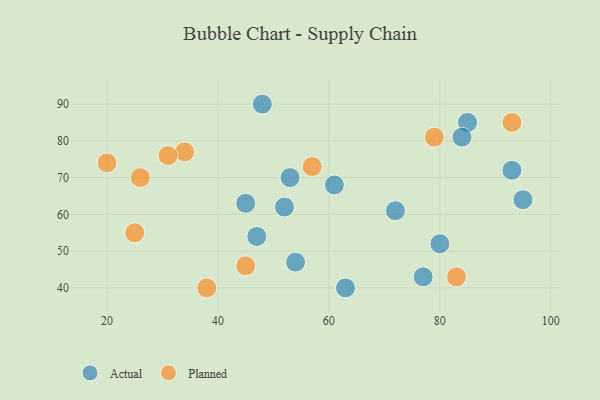
{"axis": {"x": "GDP", "y": "Life Expectancy"}, "legend": ["Actual", "Planned"], "data": [{"x": "93", "y": 72, "type": "Actual"}, {"x": "61", "y": 68, "type": "Actual"}, {"x": "54", "y": 47, "type": "Actual"}, {"x": "72", "y": 61, "type": "Actual"}, {"x": "47", "y": 54, "type": "Actual"}, {"x": "53", "y": 70, "type": "Actual"}, {"x": "85", "y": 85, "type": "Actual"}, {"x": "77", "y": 43, "type": "Actual"}, {"x": "95", "y": 64, "type": "Actual"}, {"x": "80", "y": 52, "type": "Actual"}, {"x": "63", "y": 40, "type": "Actual"}, {"x": "45", "y": 63, "type": "Actual"}, {"x": "84", "y": 81, "type": "Actual"}, {"x": "52", "y": 62, "type": "Actual"}, {"x": "48", "y": 90, "type": "Actual"}, {"x": "20", "y": 74, "type": "Planned"}, {"x": "25", "y": 55, "type": "Planned"}, {"x": "34", "y": 77, "type": "Planned"}, {"x": "45", "y": 46, "type": "Planned"}, {"x": "57", "y": 73, "type": "Planned"}, {"x": "93", "y": 85, "type": "Planned"}, {"x": "79", "y": 81, "type": "Planned"}, {"x": "31", "y": 76, "type": "Planned"}, {"x": "83", "y": 43, "type": "Planned"}, {"x": "38", "y": 40, "type": "Planned"}, {"x": "26", "y": 70, "type": "Planned"}]}